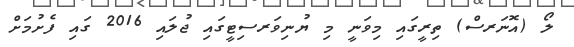
ލޯ (އޮނަރސް) ތިރީގައި މިވަނީ މި ޔުނިވަރސިޓީގައި ޖުލައި 2016 ގައި ފެށުމަށް